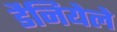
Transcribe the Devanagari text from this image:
डैनियेले